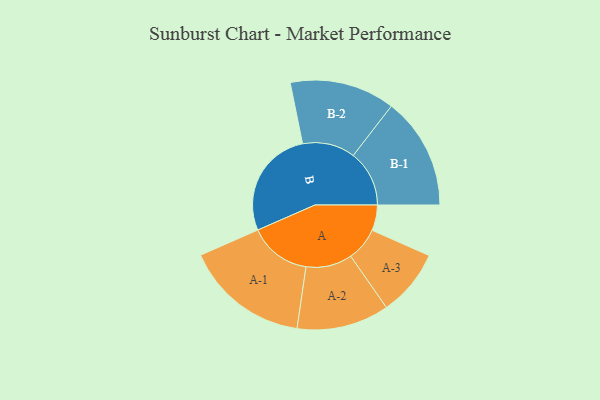
{"axis": {"x": "Segment", "y": "Value"}, "legend": ["", "A", "B"], "data": [{"x": "A", "y": 104, "type": ""}, {"x": "B", "y": 445, "type": ""}, {"x": "A-1", "y": 253, "type": "A"}, {"x": "A-2", "y": 188, "type": "A"}, {"x": "A-3", "y": 136, "type": "A"}, {"x": "B-1", "y": 228, "type": "B"}, {"x": "B-2", "y": 214, "type": "B"}]}